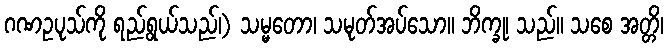
ဂဏဥပုသ်ကို ရည်ရွယ်သည်၊) သမ္မတော၊ သမုတ်အပ်သော။ ဘိက္ခု၊ သည်။ သစေ အတ္တိ၊